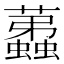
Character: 𧔏